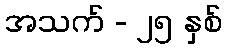
အသက် - ၂၅ နှစ်